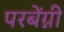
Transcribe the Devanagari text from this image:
परबेंग्नी